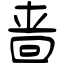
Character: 啬